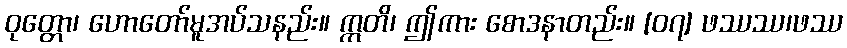
ဝုတ္တော၊ ဟောတော်မူအပ်သနည်း။ ဣတိ၊ ဤကား စောဒနာတည်း။ [၀၇] ဖဿဿ၊ဖဿ